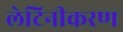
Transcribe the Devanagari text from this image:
लेटिनीकरण